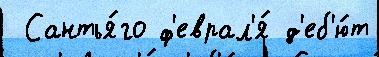
 Сантья́го ф'еврал'я́ д'еб'ю́т